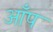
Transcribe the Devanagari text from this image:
आँप